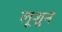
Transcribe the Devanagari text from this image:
लूशुन